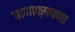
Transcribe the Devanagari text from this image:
चाणाक्षपणा